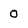
Character: 0